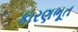
કારણભૂત